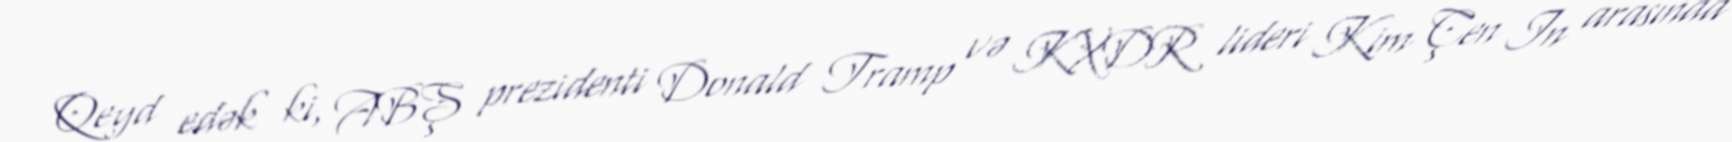
Qeyd edək ki, ABŞ prezidenti Donald Tramp və KXDR lideri Kim Çen In arasında